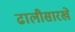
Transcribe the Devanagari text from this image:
ढालीसारखे